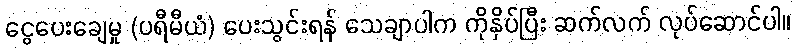
ငွေပေးချေမှု (ပရီမီယံ) ပေးသွင်းရန် သေချာပါက ကိုနှိပ်ပြီး ဆက်လက် လုပ်ဆောင်ပါ။